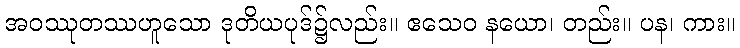
အဝဿုတဿဟူသော ဒုတိယပုဒ်၌လည်း။ ဧသေဝ နယော၊ တည်း။ ပန၊ ကား။